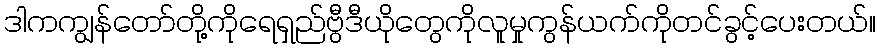
ဒါကကျွန်တော်တို့ကိုရေရှည်ဗွီဒီယိုတွေကိုလူမှုကွန်ယက်ကိုတင်ခွင့်ပေးတယ်။